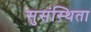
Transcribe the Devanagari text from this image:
सुसंस्थिता